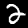
Digit: 2